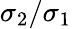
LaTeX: \sigma_{2}/\sigma_{1}